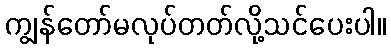
ကျွန်တော်မလုပ်တတ်လို့သင်ပေးပါ။